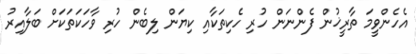
އެހެންވީމަ ތާރީޚުން ފެންނަން ހުރި ހެކިތަކާއި ކިޔަން ލިބެން ހުރި ވާހަކަތަކަށް ބަލާއިރު